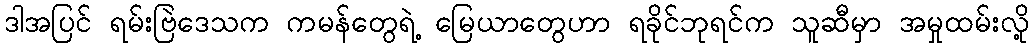
ဒါအပြင် ရမ်းဗြဲဒေသက ကမန်တွေရဲ့ မြေယာတွေဟာ ရခိုင်ဘုရင်က သူဆီမှာ အမှုထမ်းလို့